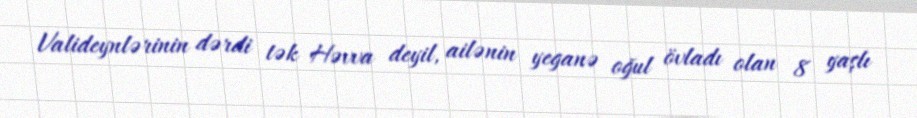
Valideynlərinin dərdi tək Həvva deyil, ailənin yeganə oğul övladı olan 8 yaşlı